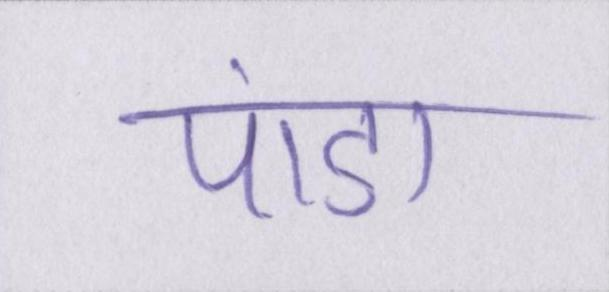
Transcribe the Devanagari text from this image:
पांडा